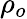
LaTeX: \rho_{o}